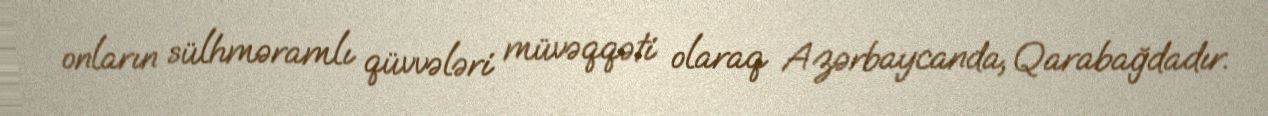
onların sülhməramlı qüvvələri müvəqqəti olaraq Azərbaycanda, Qarabağdadır.